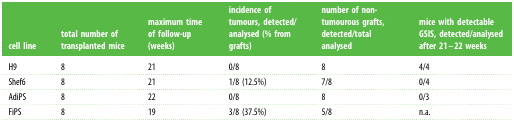
<table><thead><tr><td><b>cell line</b></td><td><b>total number of transplanted mice</b></td><td><b>maximum time of follow-up (weeks)</b></td><td><b>incidence of tumours, detected/analysed (% from grafts)</b></td><td><b>number of non-tumourous grafts, detected/total analysed</b></td><td><b>mice with detectable GSIS, detected/analysed after 21–22 weeks</b></td></tr></thead><tbody><tr><td>H9</td><td>8</td><td>21</td><td>0/8</td><td>8</td><td>4/4</td></tr><tr><td>Shef6</td><td>8</td><td>21</td><td>1/8 (12.5%)</td><td>7/8</td><td>0/4</td></tr><tr><td>AdiPS</td><td>8</td><td>22</td><td>0/8</td><td>8</td><td>0/3</td></tr><tr><td>FiPS</td><td>8</td><td>19</td><td>3/8 (37.5%)</td><td>5/8</td><td>n.a.</td></tr></tbody></table>